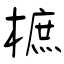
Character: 樜